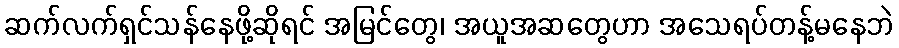
ဆက်လက်ရှင်သန်နေဖို့ဆိုရင် အမြင်တွေ၊ အယူအဆတွေဟာ အသေရပ်တန့်မနေဘဲ